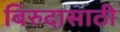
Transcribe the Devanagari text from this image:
बिरुदासाठी